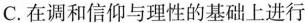
C. 在调和信仰与理性的基础上进行